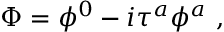
\Phi = \phi ^ { 0 } - i \tau ^ { a } \phi ^ { a } ~ ,